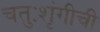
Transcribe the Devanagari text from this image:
चतुःशृंगीची